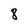
Character: 8